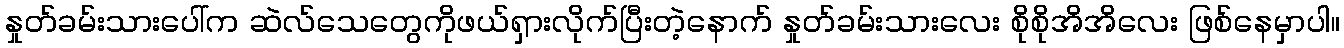
နှုတ်ခမ်းသားပေါ်က ဆဲလ်သေတွေကိုဖယ်ရှားလိုက်ပြီးတဲ့နောက် နှုတ်ခမ်းသားလေး စိုစိုအိအိလေး ဖြစ်နေမှာပါ။